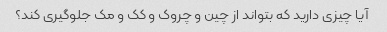
آیا چیزی دارید که بتواند از چین و چروک و کک و مک جلوگیری کند؟